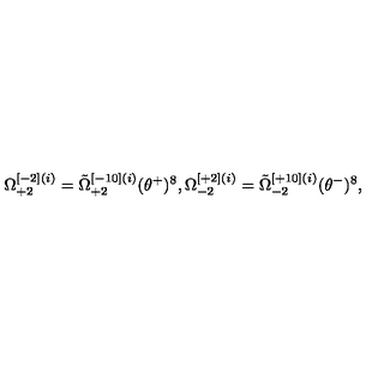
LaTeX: \Omega _ { + 2 } ^ { [ - 2 ] ( i ) } = \tilde { \Omega } _ { + 2 } ^ { [ - 1 0 ] ( i ) } ( \theta ^ { + } ) ^ { 8 } , \Omega _ { - 2 } ^ { [ + 2 ] ( i ) } = \tilde { \Omega } _ { - 2 } ^ { [ + 1 0 ] ( i ) } ( \theta ^ { - } ) ^ { 8 } ,